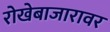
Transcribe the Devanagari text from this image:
रोखेबाजारावर